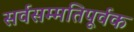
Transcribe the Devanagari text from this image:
सर्वसम्मतिपूर्वक